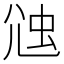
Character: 𧉇